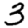
Digit: 3